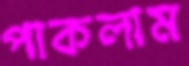
পাকলাম